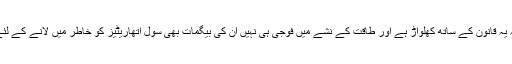
کسی نے کہا کہ یہ قانون کے ساتھ کھلواڑ ہے اور طاقت کے نشے میں فوجی ہی نہیں ان کی بیگمات بھی سول اتھاریٹیز کو خاطر میں لانے کے لئے تیار نہیں ہیں۔